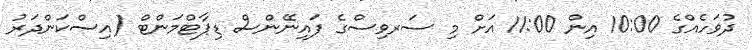
ދުވަހެއްގެ 10:00 އިން 11:00 އަށް މި ސަރވިސްގެ ފައިނޭންސް ޑިޕާޓްމަންޓް (އިސްކަންދަރު